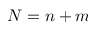
N = n + m